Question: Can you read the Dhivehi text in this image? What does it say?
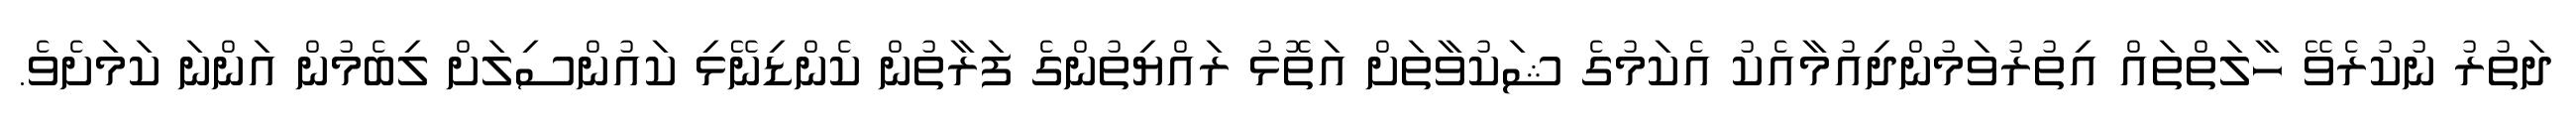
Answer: ދަތުރު ނުކުރެވޭ ހާލަތްތައް އިތުރުވަމުންދިއުމާއެކު އެކަމުގެ ޝަކުވާތަށް އަތޮޅު ރައްޔިތުންގެ ފަރާތުން ކެންޑިނޭޅި ކައުންސިލަށް ލިބެމުން އަންނަ ކަމަށެވެ.